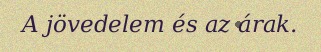
A jövedelem és az árak.